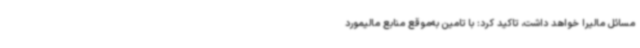
مسائل مالیرا خواهد داشت، تاکید کرد: با تامین به‌موقع منابع مالیمورد